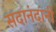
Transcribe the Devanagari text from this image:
सदानंदांनी